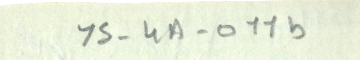
YS-4A-011b